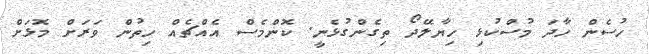
ހުސެން ހާދަ މުސްކުޅި ހިޔާލޭދޯ ތިގެންގުޅެނީ. ކޮންމެސް އެއްޗެއް ހިތުން ވަރަށް މޮޅަށް